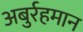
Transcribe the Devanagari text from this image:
अबुर्रहमान